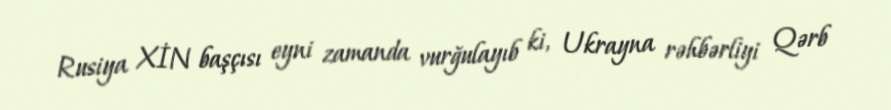
Rusiya XİN başçısı eyni zamanda vurğulayıb ki, Ukrayna rəhbərliyi Qərb